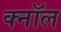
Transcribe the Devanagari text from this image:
क्नॉल